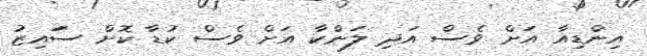
އިންޑިއާ އަށް ވެސް އަދި ލަންކާ އަށް ވެސް ކުޑާ ކޮށް ސަައިޒު